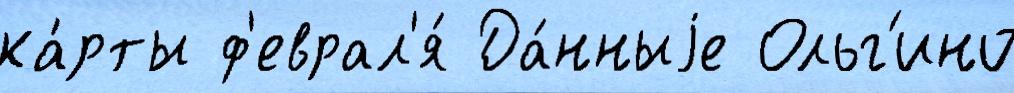
ка́рты ф'еврал'я́ Да́нныjе Ольг'ино